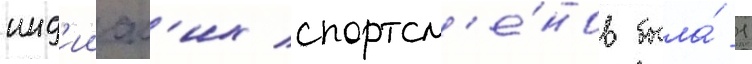
инд'ииск'их спортсм'е́нов была́ 1